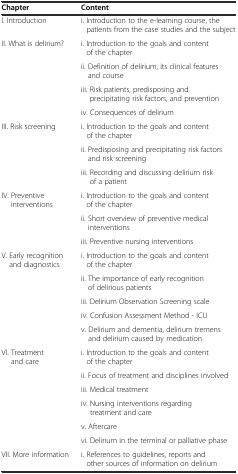
| Chapter | Content |
 | --- | --- |
 | I. Introduction | i. Introduction to the e-learning course, the patients from the case studies and the subject |
 | <ROWSPAN=4> II. What is delirium? | i. Introduction to the goals and content of the chapter |
 | ii. Definition of delirium, its clinical features and course |
 | iii. Risk patients, predisposing and precipitating risk factors, and prevention |
 | iv. Consequences of delirium |
 | <ROWSPAN=3> III. Risk screening | i. Introduction to the goals and content of the chapter |
 | ii. Predisposing and precipitating risk factors and risk screening |
 | iii. Recording and discussing delirium risk of a patient |
 | <ROWSPAN=3> IV. Preventive interventions | i. Introduction to the goals and content of the chapter |
 | ii. Short overview of preventive medical interventions |
 | iii. Preventive nursing interventions |
 | <ROWSPAN=5> V. Early recognition and diagnostics | i. Introduction to the goals and content of the chapter |
 | ii. The importance of early recognition of delirious patients |
 | iii. Delirium Observation Screening scale |
 | iv. Confusion Assessment Method - ICU |
 | v. Delirium and dementia, delirium tremens and delirium caused by medication |
 | <ROWSPAN=6> VI. Treatment and care | i. Introduction to the goals and content of the chapter |
 | ii. Focus of treatment and disciplines involved |
 | iii. Medical treatment |
 | iv. Nursing interventions regarding treatment and care |
 | v. Aftercare |
 | vi. Delirium in the terminal or palliative phase |
 | VII. More information | i. References to guidelines, reports and other sources of information on delirium |